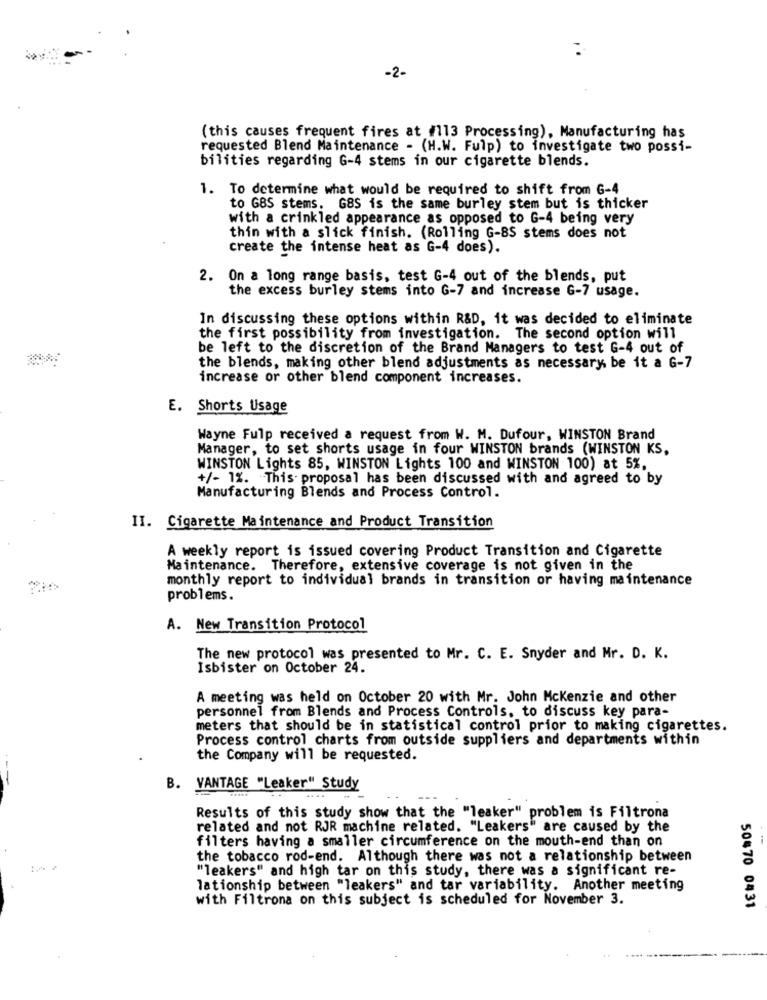
-2-
(this causes frequent fires at (113 Processing), Manufacturing has
requested Blend Maintenance - (H.W. Fulp) to investigate two possi-
bilities regarding G-4 stems in our cigarette blends.
1. To determine what would be required to shift from G-4
to GBS stems. GBS is the same burley stem but is thicker
with a crinkled appearance as opposed to G-4 being very
thin with a slick finish. (Rolling G-BS stems does not
create the intense heat as G-4 does).
2. On a long range basis, test G-4 out of the blends, put
the excess burley stems into G-7 and increase G-7 usage.
In discussing these options within R&D, it was decided to eliminate
the first possibility from investigation. The second option will
be left to the discretion of the Brand Managers to test G-4 out of
the blends, making other blend adjustments as necessary, be it a G-7
increase or other blend component increases.
Shorts Usage
Wayne Fulp received a request from W. M. Dufour, WINSTON Brand
Manager, to set shorts usage in four WINSTON brands (WINSTON KS,
WINSTON Lights 85, WINSTON Lights 100 and WINSTON 100) at 5%,
+/- 1%. This proposal has been discussed with and agreed to by
Manufacturing Blends and Process Control.
II. Cigarette Maintenance and Product Transition
A weekly report is issued covering Product Transition and Cigarette
Maintenance. Therefore, extensive coverage is not given in the
monthly report to individual brands in transition or having maintenance
problems.
A. New Transition Protocol
The new protocol was presented to Mr. C. E. Snyder and Mr. D. K.
Isbister on October 24.
A meeting was held on October 20 with Mr. John Mckenzie and other
personnel from Blends and Process Controls, to discuss key para-
meters that should be in statistical control prior to making cigarettes.
Process control charts from outside suppliers and departments within
the Company will be requested.
B. VANTAGE "Leaker" Study
Results of this study show that the "leaker" problem is Filtrona
related and not RJR machine related. "Leakers" are caused by the
filters having a smaller circumference on the mouth-end than on
the tobacco rod-end. Although there was not a relationship between
"leakers" and high tar on this study, there was a significant re-
lationship between "leakers" and tar variability. Another meeting
with Filtrona on this subject is scheduled for November 3.
50470 0431